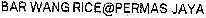
BAR WANG RICE@PERMAS JAYA